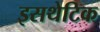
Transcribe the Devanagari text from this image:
इसथेटिक